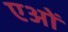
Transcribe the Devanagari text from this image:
एओं